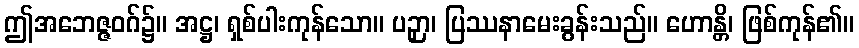
ဤအဘေဇ္ဇဝဂ်၌။ အဋ္ဌ၊ ရှစ်ပါးကုန်သော။ ပဉှာ၊ ပြဿနာမေးခွန်းသည်။ ဟောန္တိ၊ ဖြစ်ကုန်၏။